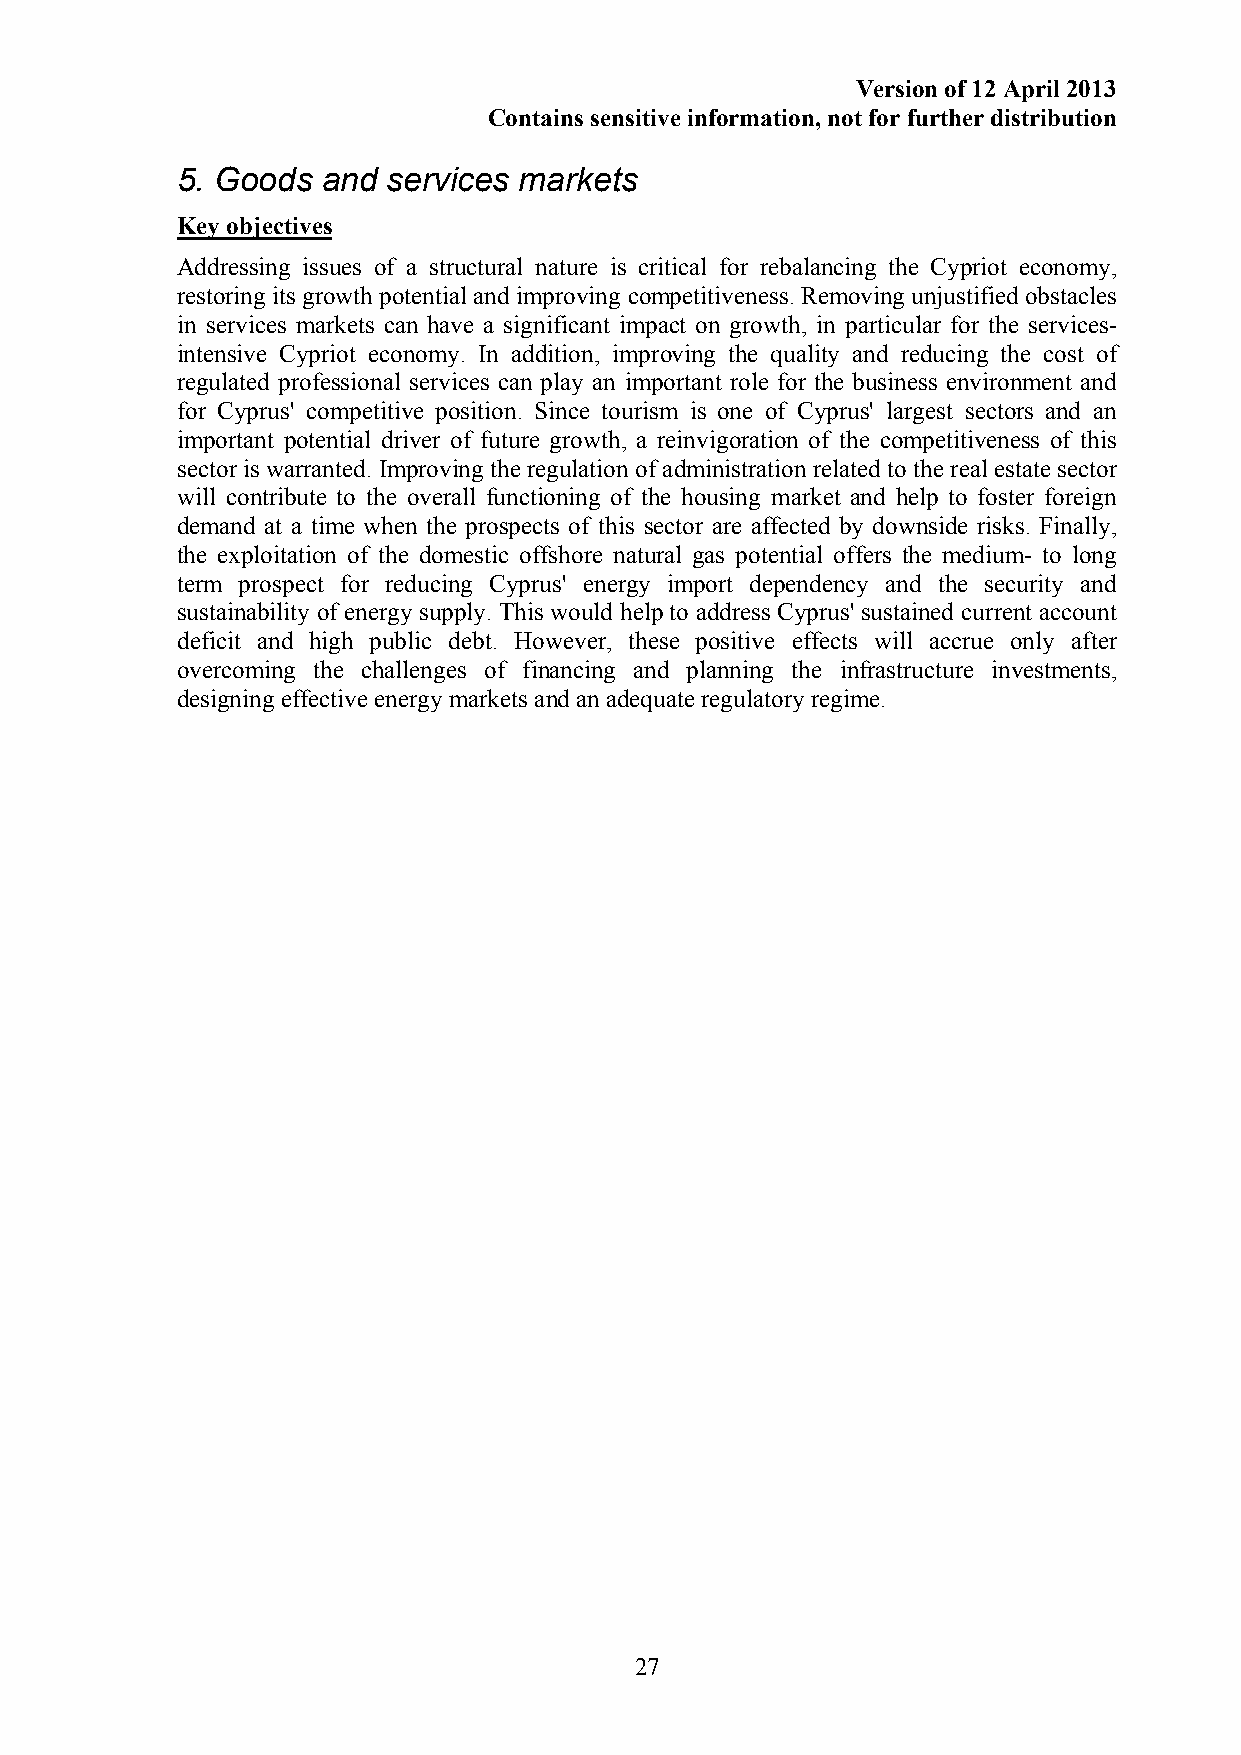
Version of 12 April 2013
 Contains sensitive information, not for further distribution
 5. Goods and  services markets
 Key objectives
 Addressing issues of a structural nature is critical for rebalancing the Cypriot economy,
 restoring its growth potential and improving competitiveness. Removing unjustified obstacles
 in services markets can have a significant impact on growth, in particular for the services-
 intensive Cypriot economy. In addition, improving the quality and reducing the cost of
 regulated professional services can play an important role for the business environment and
 for Cyprus' competitive position. Since tourism is one of Cyprus' largest sectors and an
 important potential driver of future growth, a reinvigoration of the competitiveness of this
 sector is warranted. Improving the regulation of administration related to the real estate sector
 will contribute to the overall functioning of the housing market and help to foster foreign
 demand at a time when the prospects of this sector are affected by downside risks. Finally,
 the exploitation of the domestic offshore natural gas potential offers the medium- to long
 term prospect for reducing Cyprus' energy import dependency and the security and
 sustainability of energy supply. This would help to address Cyprus' sustained current account
 deficit and high public debt. However, these positive effects will accrue only after
 overcoming the challenges of financing and planning the infrastructure investments,
 designing effective energy markets and an adequate regulatory regime.
 27